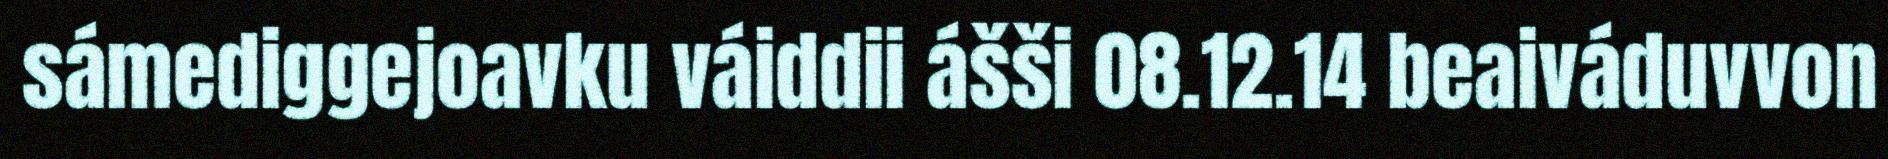
sámediggejoavku váiddii ášši 08.12.14 beaiváduvvon